Lunatic asylums Punjab 1911-1921 - 1911-1921
Year: 1911
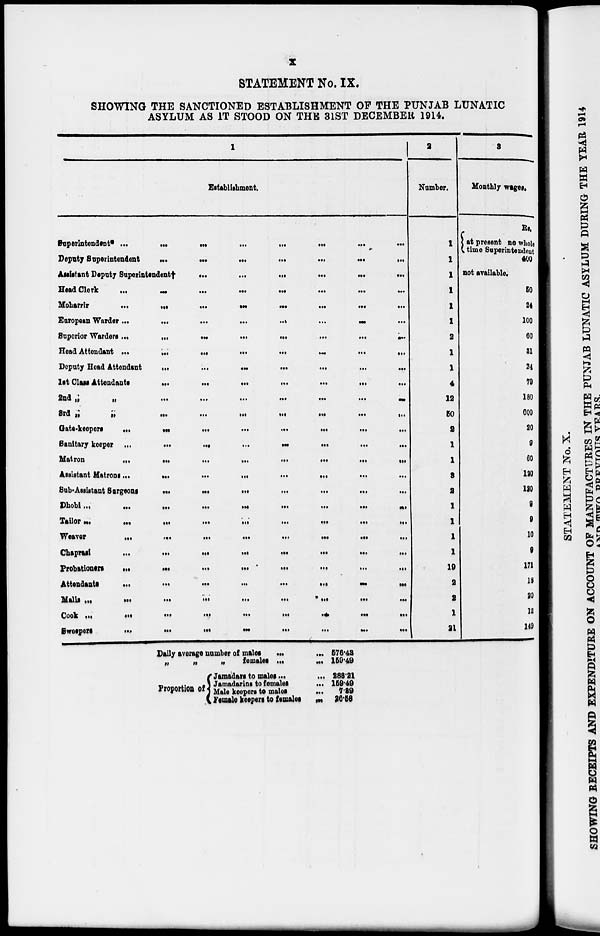
x
STATEMENT No. IX.
SHOWING THE SANCTIONED ESTABLISHMENT OF THE PUNJAB LUNATIC
ASYLUM AS IT STOOD ON THE 31ST DECEMBER 1914.
1
Establishment.
Superintendent*
...
...
...
...
...
...
...
Deputy Superintendent
...
...
...
...
...
...
...
Assistant Deputy Superintendent
...
...
...
...
...
...
Head Clerk
...
...
...
...
...
...
...
Moharrir
...
...
...
...
...
...
...
European Warder
...
...
...
...
...
...
...
Superior Warders
...
...
...
...
...
...
...
Head Attendant
...
...
...
...
...
...
...
Deputy Head Attendant
...
...
...
...
...
...
...
1st Class Attendants
...
...
...
...
...
...
...
2nd
„
„
...
...
...
...
...
...
...
3rd
„
„
...
...
...
...
...
...
...
Gate-keepers
...
...
...
...
...
...
...
Sanitary keeper
...
...
...
...
...
...
...
Matron
...
...
...
...
...
...
...
Assistant Matrons
...
...
...
...
...
...
...
Sub-Assistant Surgeons
...
...
...
...
...
...
...
Dhobi
...
...
...
...
...
...
...
Tailor
...
...
...
...
...
...
...
Weaver
...
...
...
...
...
...
...
Chaprasi
...
...
...
...
...
...
...
Probationers
...
...
...
...
...
...
...
Attendants
...
...
...
...
...
...
...
Malis
...
...
...
...
...
...
...
Cook
...
...
...
...
...
...
...
Sweepers
...
...
...
...
...
...
...
2
Number.
1
1
1
1
1
1
2
1
1
4
12
50
2
1
1
3
2
1
1
1
1
19
2
2
1
21
3
Monthly wages.
Rs.
at present no whole
time Superintendent
400
not available.
5O
24
100
60
31
24
79
180
600
20
9
60
120
120
9
9
10
9
171
18
20
12
149
Daily average number of
males
...
...
„
„
„
females
...
...
Proportion of
Jamadars to males
...
...
Jamadarins to females
...
Male keepers to males
...
Female keepers to females
...
576.48
159.49
288.21
159.49
7.89
26.58